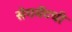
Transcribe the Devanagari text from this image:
सेगमेंटची